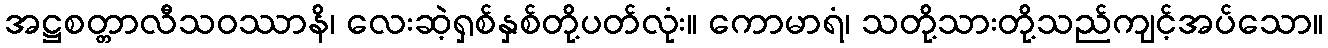
အဋ္ဌစတ္တာလီသဝဿာနိ၊ လေးဆဲ့ရှစ်နှစ်တို့ပတ်လုံး။ ကောမာရံ၊ သတို့သားတို့သည်ကျင့်အပ်သော။